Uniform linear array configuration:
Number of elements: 4
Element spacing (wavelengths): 0.25
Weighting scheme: uniform
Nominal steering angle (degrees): -30
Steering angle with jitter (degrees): -29.714
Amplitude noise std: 0.05
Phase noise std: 0.05

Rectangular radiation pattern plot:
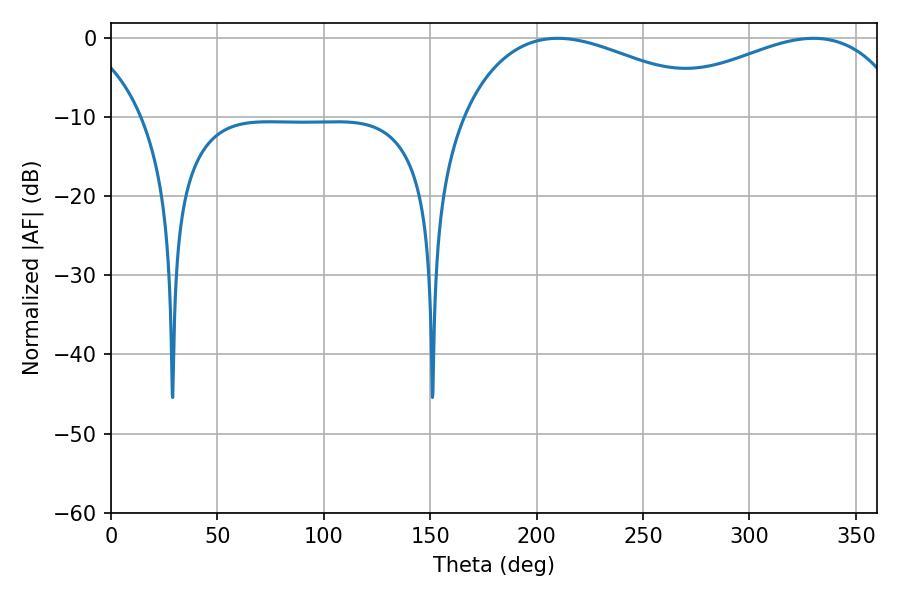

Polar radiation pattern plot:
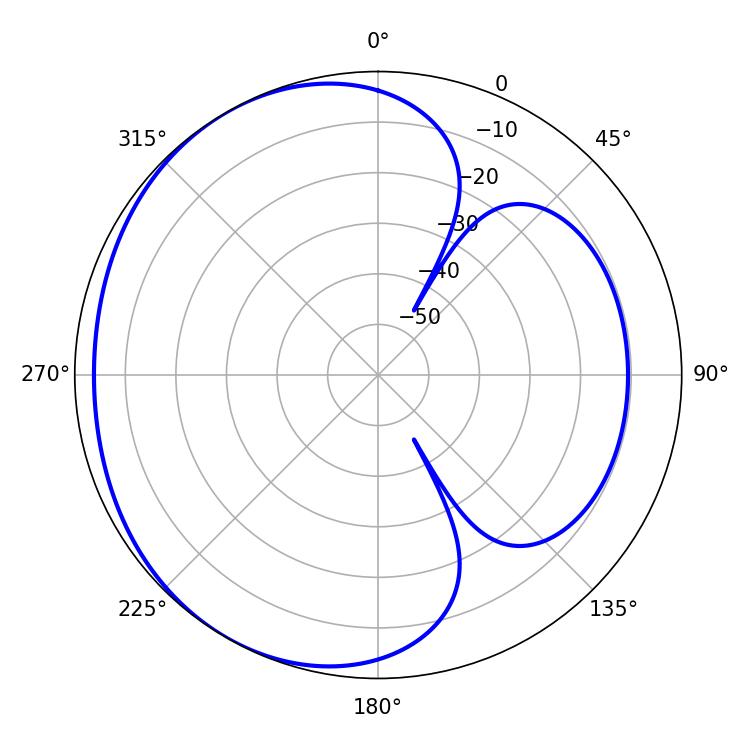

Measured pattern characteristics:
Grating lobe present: FALSE
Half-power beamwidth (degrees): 68.76
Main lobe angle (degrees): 209.88